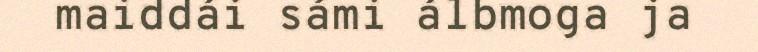
maiddái sámi álbmoga ja